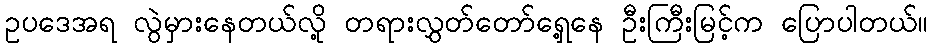
ဥပဒေအရ လွဲမှားနေတယ်လို့ တရားလွှတ်တော်ရှေ့နေ ဦးကြီးမြင့်က ပြောပါတယ်။